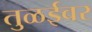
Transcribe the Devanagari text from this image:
तुळईवर